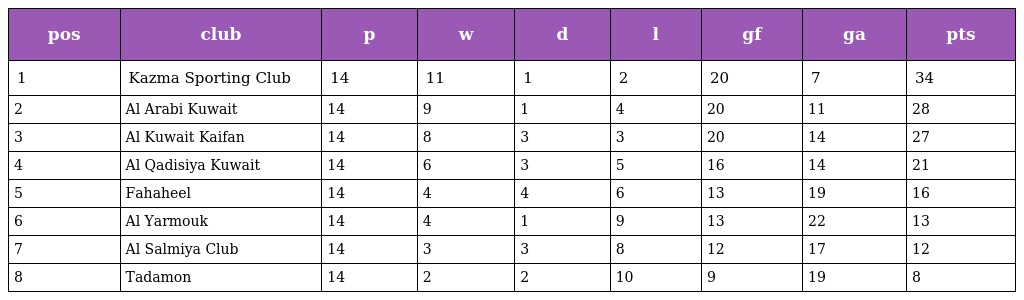
| pos | club | p | w | d | l | gf | ga | pts |
 | --- | --- | --- | --- | --- | --- | --- | --- | --- |
 | 1 | Kazma Sporting Club | 14 | 11 | 1 | 2 | 20 | 7 | 34 |
 | 2 | Al Arabi Kuwait | 14 | 9 | 1 | 4 | 20 | 11 | 28 |
 | 3 | Al Kuwait Kaifan | 14 | 8 | 3 | 3 | 20 | 14 | 27 |
 | 4 | Al Qadisiya Kuwait | 14 | 6 | 3 | 5 | 16 | 14 | 21 |
 | 5 | Fahaheel | 14 | 4 | 4 | 6 | 13 | 19 | 16 |
 | 6 | Al Yarmouk | 14 | 4 | 1 | 9 | 13 | 22 | 13 |
 | 7 | Al Salmiya Club | 14 | 3 | 3 | 8 | 12 | 17 | 12 |
 | 8 | Tadamon | 14 | 2 | 2 | 10 | 9 | 19 | 8 |